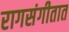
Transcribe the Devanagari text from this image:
रागसंगीतात